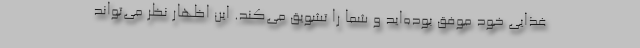
غذایی خود موفق بوده‌اید و شما را تشویق می‌کند. این اظهار نظر می‌تواند